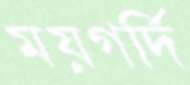
ময়গর্দি